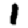
Digit: 1